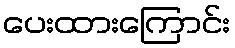
ပေးထားကြောင်း